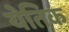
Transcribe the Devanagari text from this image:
येतिक